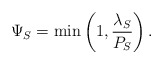
\begin{align*}\Psi_S = \min\left(1, \frac{\lambda_S}{P_S}\right).\end{align*}